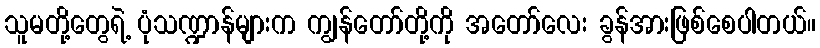
သူမတို့တွေရဲ့ ပုံသဏ္ဍာန်များက ကျွန်တော်တို့ကို အတော်လေး ခွန်အားဖြစ်စေပါတယ်။